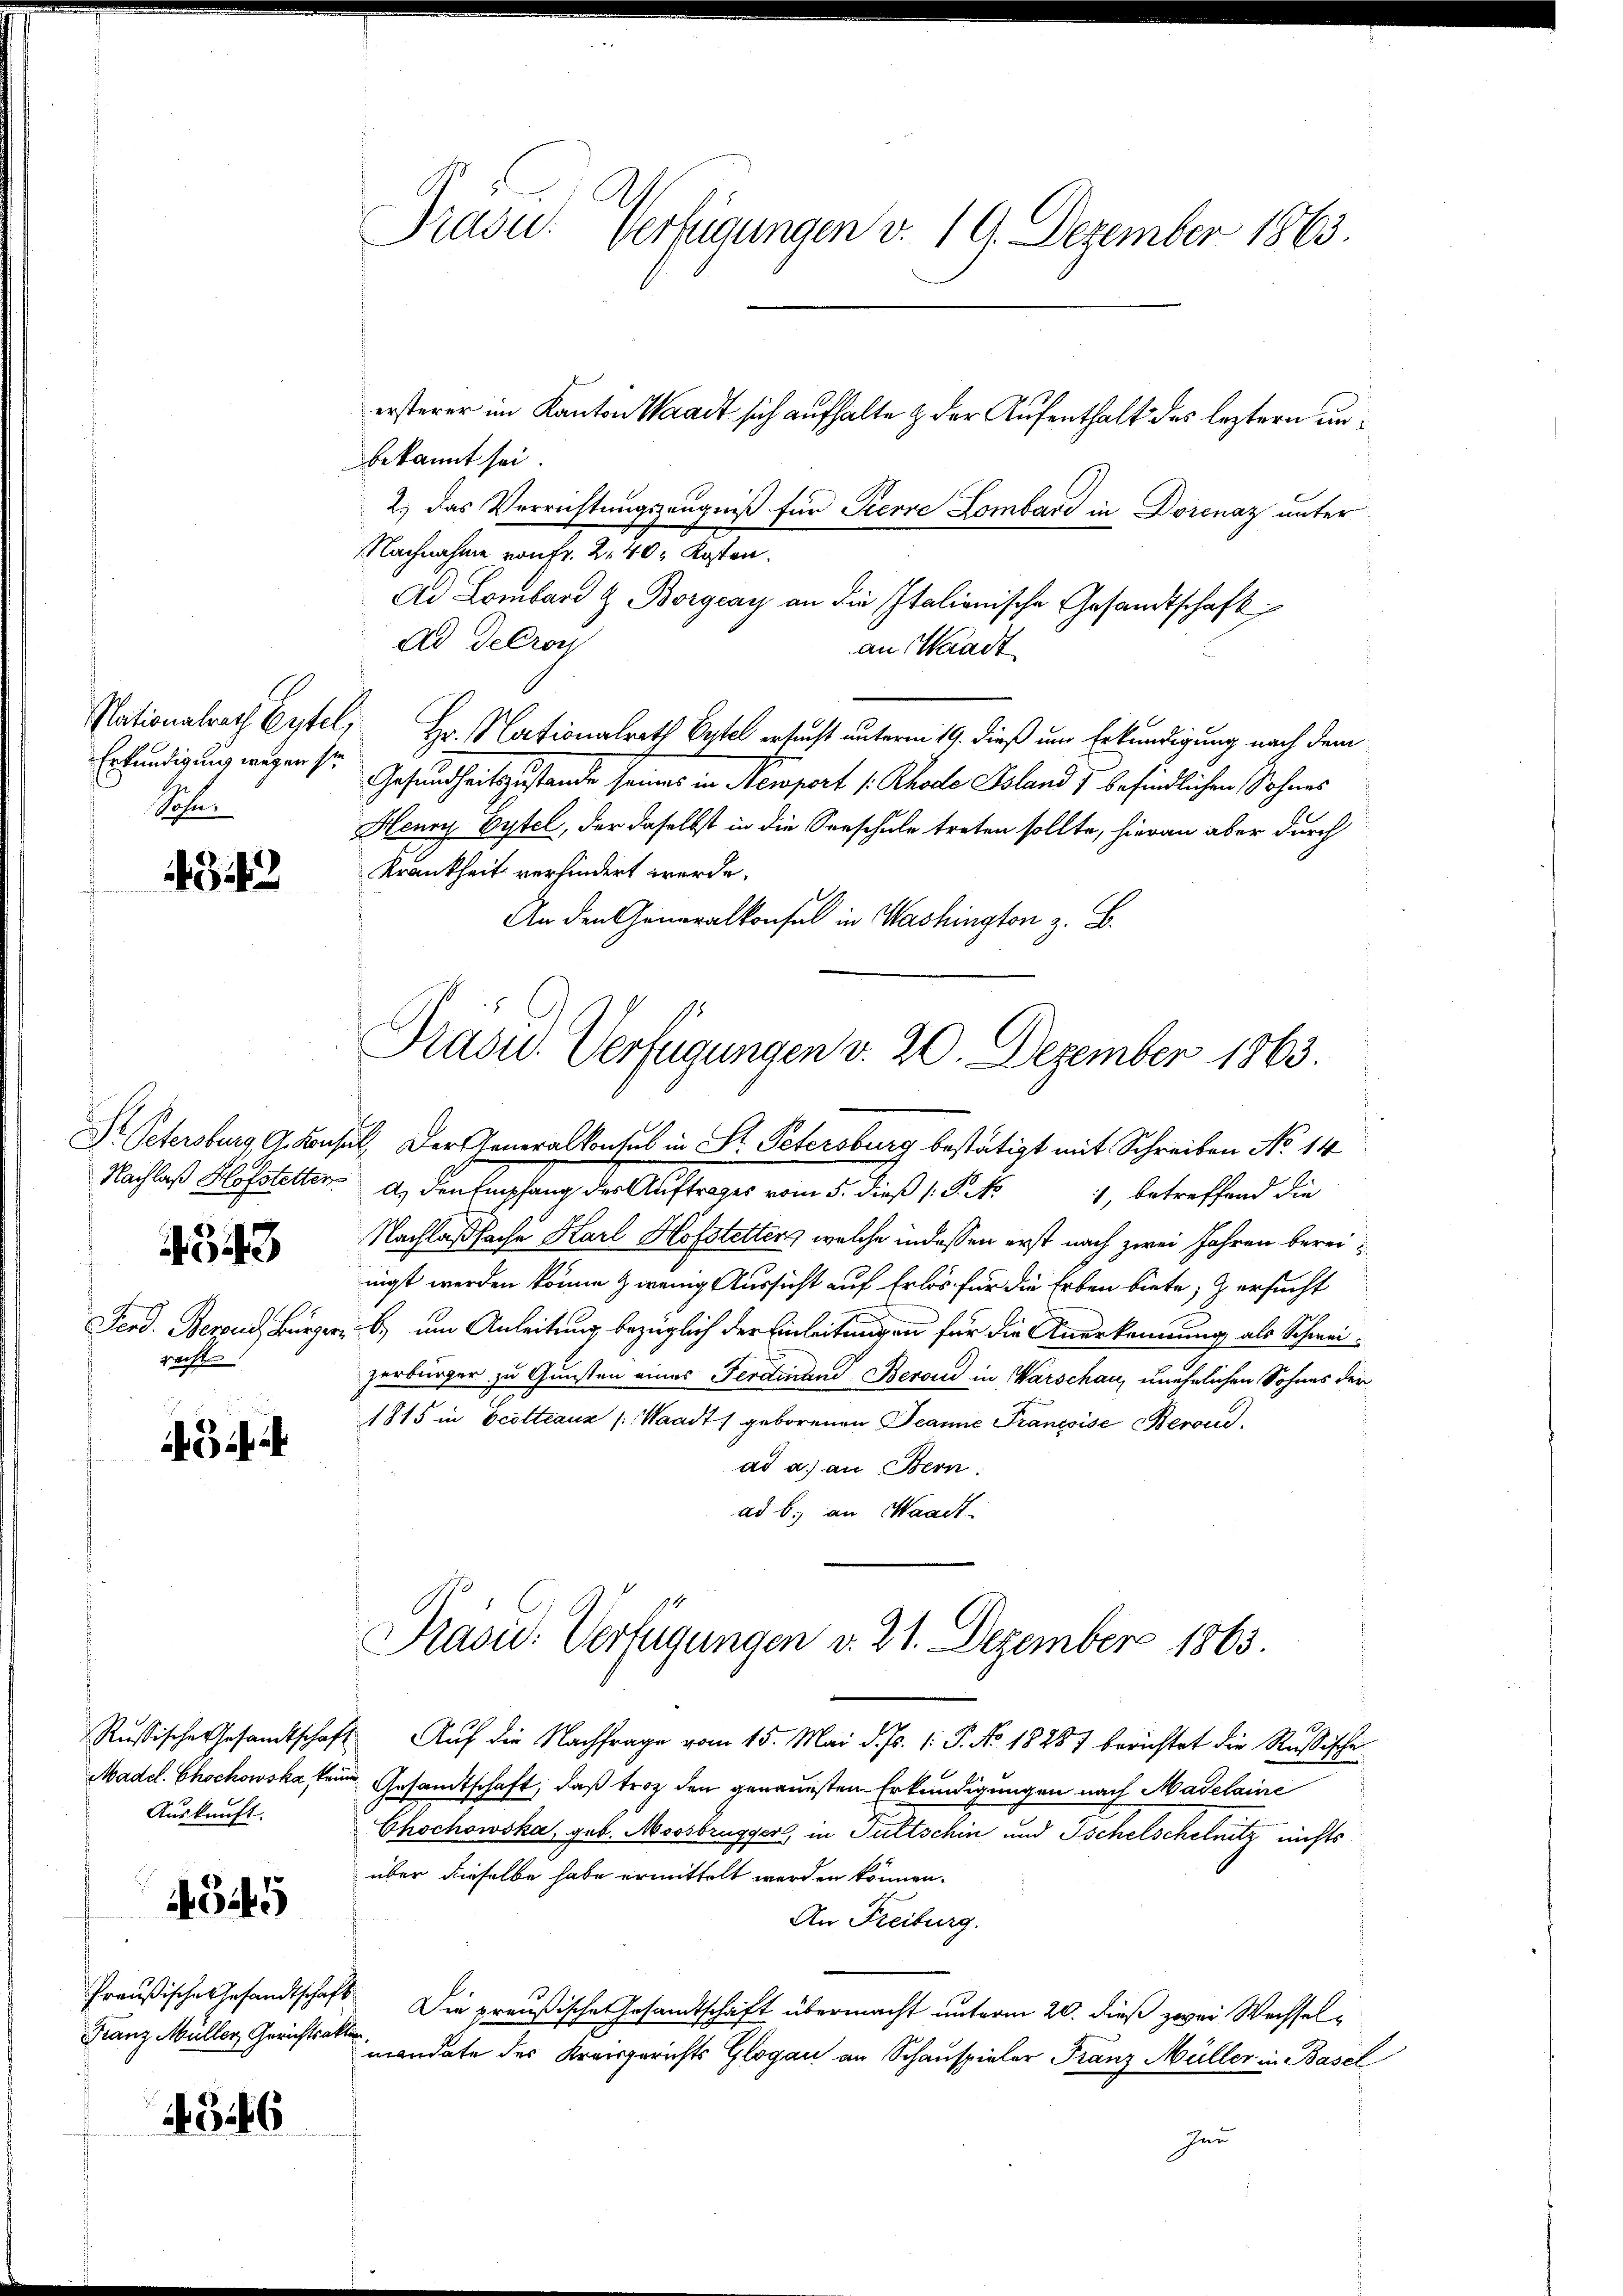
Siehen

4343

4643
recht

54

Auskunft.

4549

Preußische Gesandtschaf
Franz Müller Gerichtsar

4546

Präsid.: Verfügungen v. 19. Dezember 1863.

ersterer im Kanton Waadt sich aufhalte & der Aufenthalt des leztern unbekannt sei.
2.) Das Verrichtŭngszeŭgniβ für Pierre Lombard in Dorenaz unter
Nachnahme von Fr. 240. Kosten.
Ad Lombard & Borgeay an die Italienische Gesandtschaft
Ad Debroc
an Waadt
Nationalrath Erstel, Hr. Nationalrath Bytel ersucht unterm 19. dieß um Erkundigung nach dem
Erkündigung wegen sr. Gesundheitszustande seines in Newport /: Rhode Island 7 befindlichen Sohnes
Henry Eytel, der daselbst in die Verschule treten sollte, hieran aber durch
Krankheit verhindert werde.
An den Generalkonsul in Washington z. B.

St Petersburg G. Konsul, Der Generalkonsul in St. Petersburg bestätigt mit Schreiben No 14
Nachlaß Klostetter. A., den Empfang der Auftrages vom 5. dieß 1. Frk. 1, betreffend die
Nachlaßfache Karl Hofstetters, welche indessen erst nach zwei Jahren bereinigt werden könne & wenig Aussicht auf Erlös für die Erben biete, & ersucht
Ferd. Beront, Bürger, b. um Anleitung bezüglich der Einleitungen für die Anerkennung als Schweizerbürger zu Gunsten eines Ferdinand Berond in Warschau, unehelichen Sohnes der
1815 in Scotteauz /: Waadt) geborenen Jeanne Francoise Berond
ad a.) an Bern:
ad b. an Waadt.
Russische Gesamtschaft Auf die Nachfrage vom 15. Mai d. Js. 1. P. No. 18287 berichtet die Rußische
Madel. Chochowska keine Gesandtschaft, daß trotz den genauesten Erkundigungen nach Madelaine
Chochowska, geb. Moosbrugger, in Futtschin und Ischelschelnitz nichts
über dieselbe habe ermittelt werden können.
An Freiburg.
 Die preußische Gesamtschaft übermacht unterm 20. dieß zwei Wechsel¬
.
mandate des Kreisgerichts Glogau an Schauspieler Franz Müller in Basel
Jun

Präsid.. Verfügungen v. 20. Dezember 1863.

Prasic: Verfügungen v. 21. Dezember 1863.